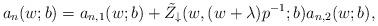
LaTeX: \begin{align*}a_n(w;b)=a_{n,1}(w;b)+\tilde{Z}_\downarrow (w, (w+\lambda)p^{-1}; b) a_{n,2}(w;b),\end{align*}